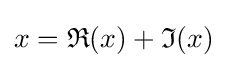
x={\mathfrak {R}}(x)+{\mathfrak {I}}(x)